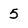
Character: 5